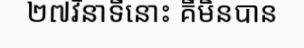
២៧វិនាទីនោះ គឺមិនបាន